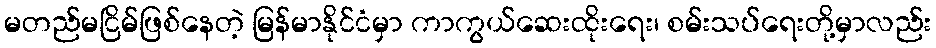
မတည်မငြိမ်ဖြစ်နေတဲ့ မြန်မာနိုင်ငံမှာ ကာကွယ်ဆေးထိုးရေး၊ စမ်းသပ်ရေးတို့မှာလည်း